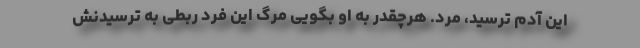
این آدم ترسید، مرد. هرچقدر به او بگویی مرگ این فرد ربطی به ترسیدنش